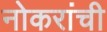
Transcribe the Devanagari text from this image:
नोकरांची